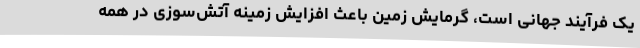
یک فرآیند جهانی است، گرمایش زمین باعث افزایش زمینه آتش‌سوزی در همه